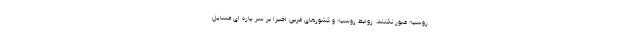
روسیه عبور نکنند. روابط روسیه و کشورهای غربی اخیرا بر سر پاره ای مسایل